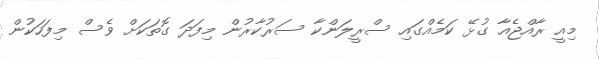
މިއީ ރާއްޖެއާ ގުޅޭ ކަމެއްގައި ސްރީލަންކާ ސަރުކާރުން މިފަދަ ގޮތަކަށް ވެސް މިފަހަކުން